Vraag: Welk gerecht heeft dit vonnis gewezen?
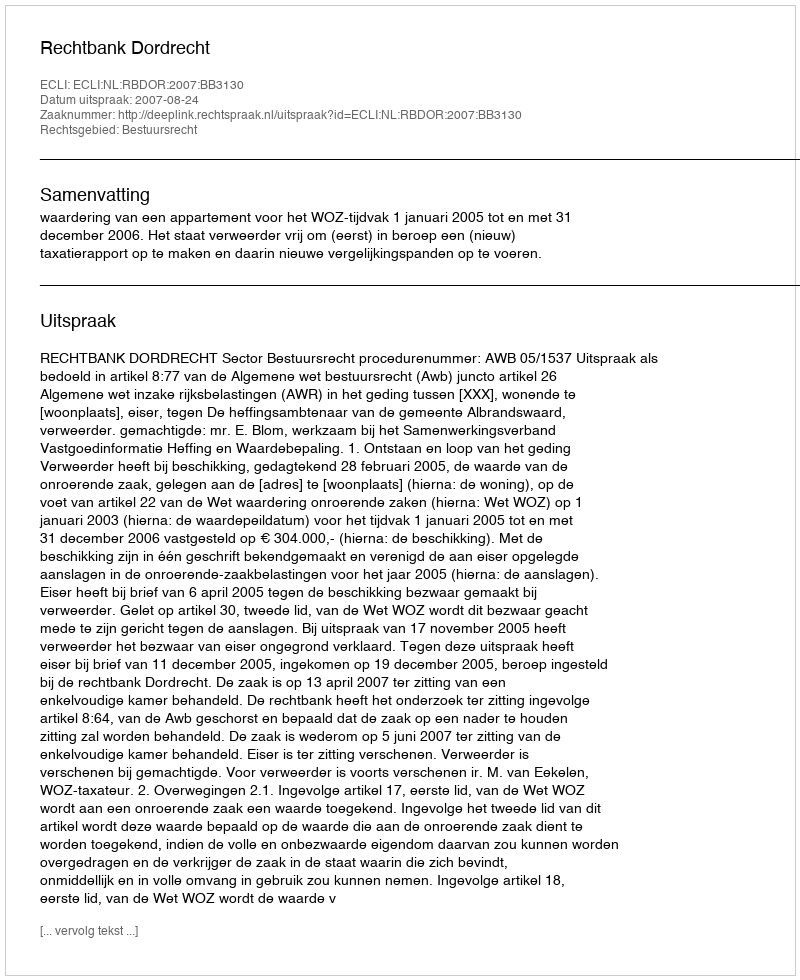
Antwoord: Rechtbank Dordrecht